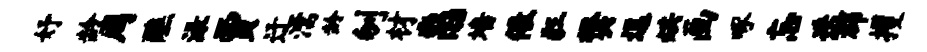
妤龄周醮渌贾迂濡龄刎材惠墙儆狂樊逗烘画啄忘迭郡攫